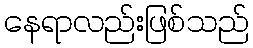
နေရာလည်းဖြစ်သည်